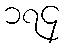
၁၇၄